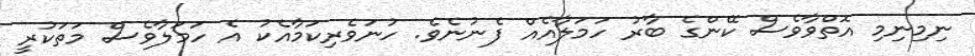
ނިމިނިމި އޮތްވާވެސް ކޭންގެ ބާރު ހަމަލާއެއް ފެނުނެވެ. ހުނަވެރިކަމާއެކު އެ ހަމަލާވެސް މަތަކުރީ